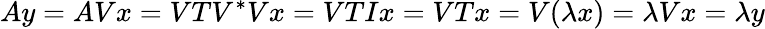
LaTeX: Ay=AVx=VTV^{*}Vx=VTIx=VTx=V(\lambda x)=\lambda Vx=\lambda y